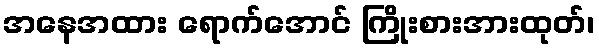
အနေအထား ရောက်အောင် ကြိုးစားအားထုတ်၊